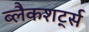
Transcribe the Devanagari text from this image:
ब्लैकशर्ट्स